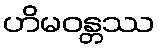
ဟိမဝန္တဿ